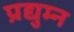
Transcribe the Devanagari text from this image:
प्रद्युम्‍न